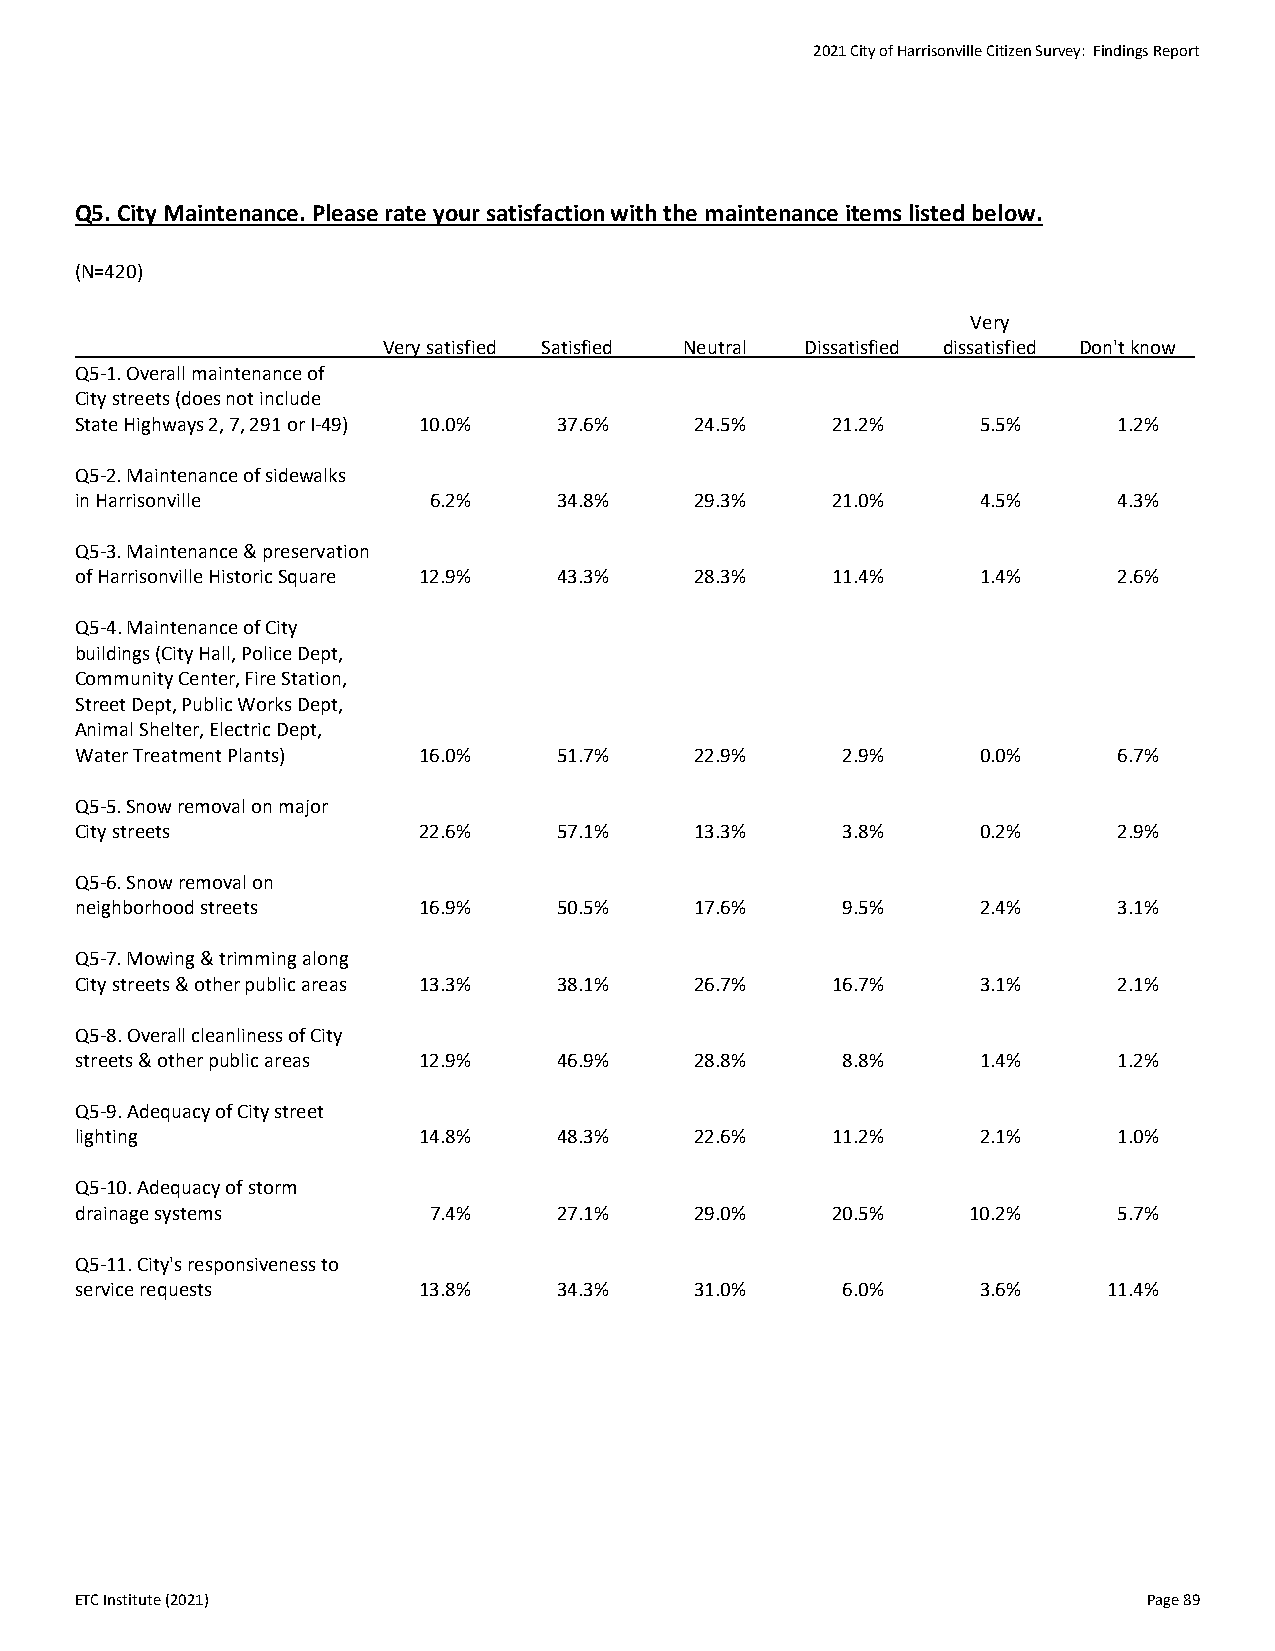
2021 City of Harrisonville Citizen Survey: Findings Report
 Q5. City Maintenance. Please rate your satisfaction with the maintenance items listed below.
 (N=420)
 Very
 Very satisfied Satisfied Neutral Dissatisfied dissatisfied Don't know
 Q5-1. Overall maintenance of
 City streets (does not include
 State Highways 2, 7, 291 or I-49) 10.0% 37.6% 24.5% 21.2%   5.5%     1.2%
 Q5-2. Maintenance of sidewalks
 in Harrisonville       6.2%     34.8%    29.3%    21.0%     4.5%     4.3%
 Q5-3. Maintenance & preservation
 of Harrisonville Historic Square 12.9% 43.3% 28.3% 11.4%    1.4%     2.6%
 Q5-4. Maintenance of City
 buildings (City Hall, Police Dept,
 Community Center, Fire Station,
 Street Dept, Public Works Dept,
 Animal Shelter, Electric Dept,
 Water Treatment Plants) 16.0%   51.7%    22.9%     2.9%     0.0%     6.7%
 Q5-5. Snow removal on major
 City streets           22.6%    57.1%    13.3%     3.8%     0.2%     2.9%
 Q5-6. Snow removal on
 neighborhood streets   16.9%    50.5%    17.6%     9.5%     2.4%     3.1%
 Q5-7. Mowing & trimming along
 City streets & other public areas 13.3% 38.1% 26.7% 16.7%   3.1%     2.1%
 Q5-8. Overall cleanliness of City
 streets & other public areas 12.9% 46.9% 28.8%     8.8%     1.4%     1.2%
 Q5-9. Adequacy of City street
 lighting               14.8%    48.3%    22.6%    11.2%     2.1%     1.0%
 Q5-10. Adequacy of storm
 drainage systems       7.4%     27.1%    29.0%    20.5%    10.2%     5.7%
 Q5-11. City's responsiveness to
 service requests       13.8%    34.3%    31.0%     6.0%     3.6%    11.4%
 ETC Institute (2021)                                                   Page 89